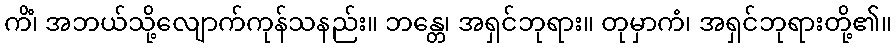
ကိံ၊ အဘယ်သို့လျောက်ကုန်သနည်း။ ဘန္တေ၊ အရှင်ဘုရား။ တုမှာကံ၊ အရှင်ဘုရားတို့၏။